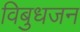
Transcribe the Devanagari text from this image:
विबुधजन